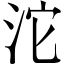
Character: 沱